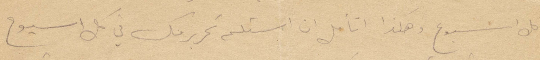
في كل أسبوع وهكذا أتأمل ان استلم تحرير منك في كل أسبوع